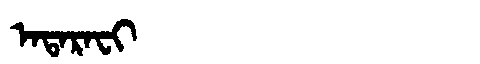
Manchu: ᠠᡨᠠᡵᠠᠸᡳ
Romanization: ATARAFI